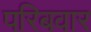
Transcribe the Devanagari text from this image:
परिबवार